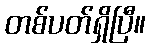
တစ်ပတ်ရှိပြီ။